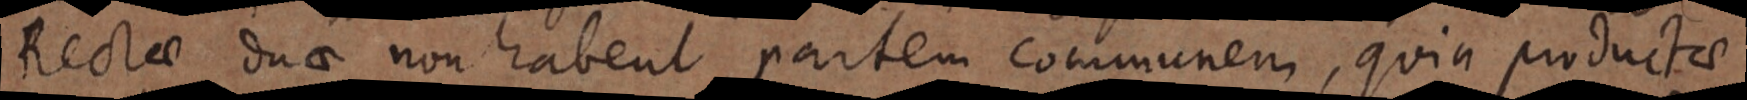
Rectae duae non habent partem communem, quia productae